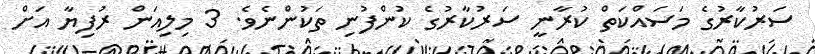
ސަރުކާރުގެ މަސައްކަތް ކުރާނީ ސަރުކާރުގެ ކުންފުނި ތަކުންނެވެ. 3 މިލިއަން ރުފިޔާ އަށް